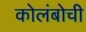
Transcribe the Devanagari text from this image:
कोलंबोची